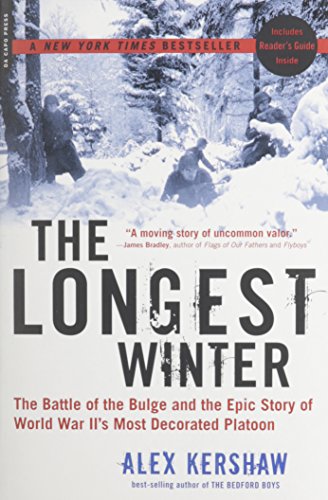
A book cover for The Longest Winter: The Battle of the Bulge and the Epic Story of WWII's Most Decorated Platoon; Alex Kershaw; History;